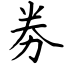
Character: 劵